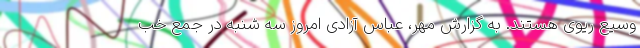
وسیع ریوی هستند. به گزارش مهر، عباس آزادی امروز سه شنبه در جمع خب